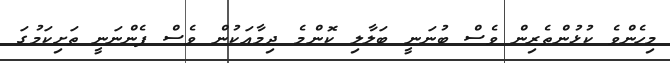
މިހެންވެ ކުޅުންތެރިން ވެސް ބުނަނީ ބަލާލި ކޮންމެ ދިމާއަކުން ވެސް ފެންނަނީ ތަށިކަމުގަ